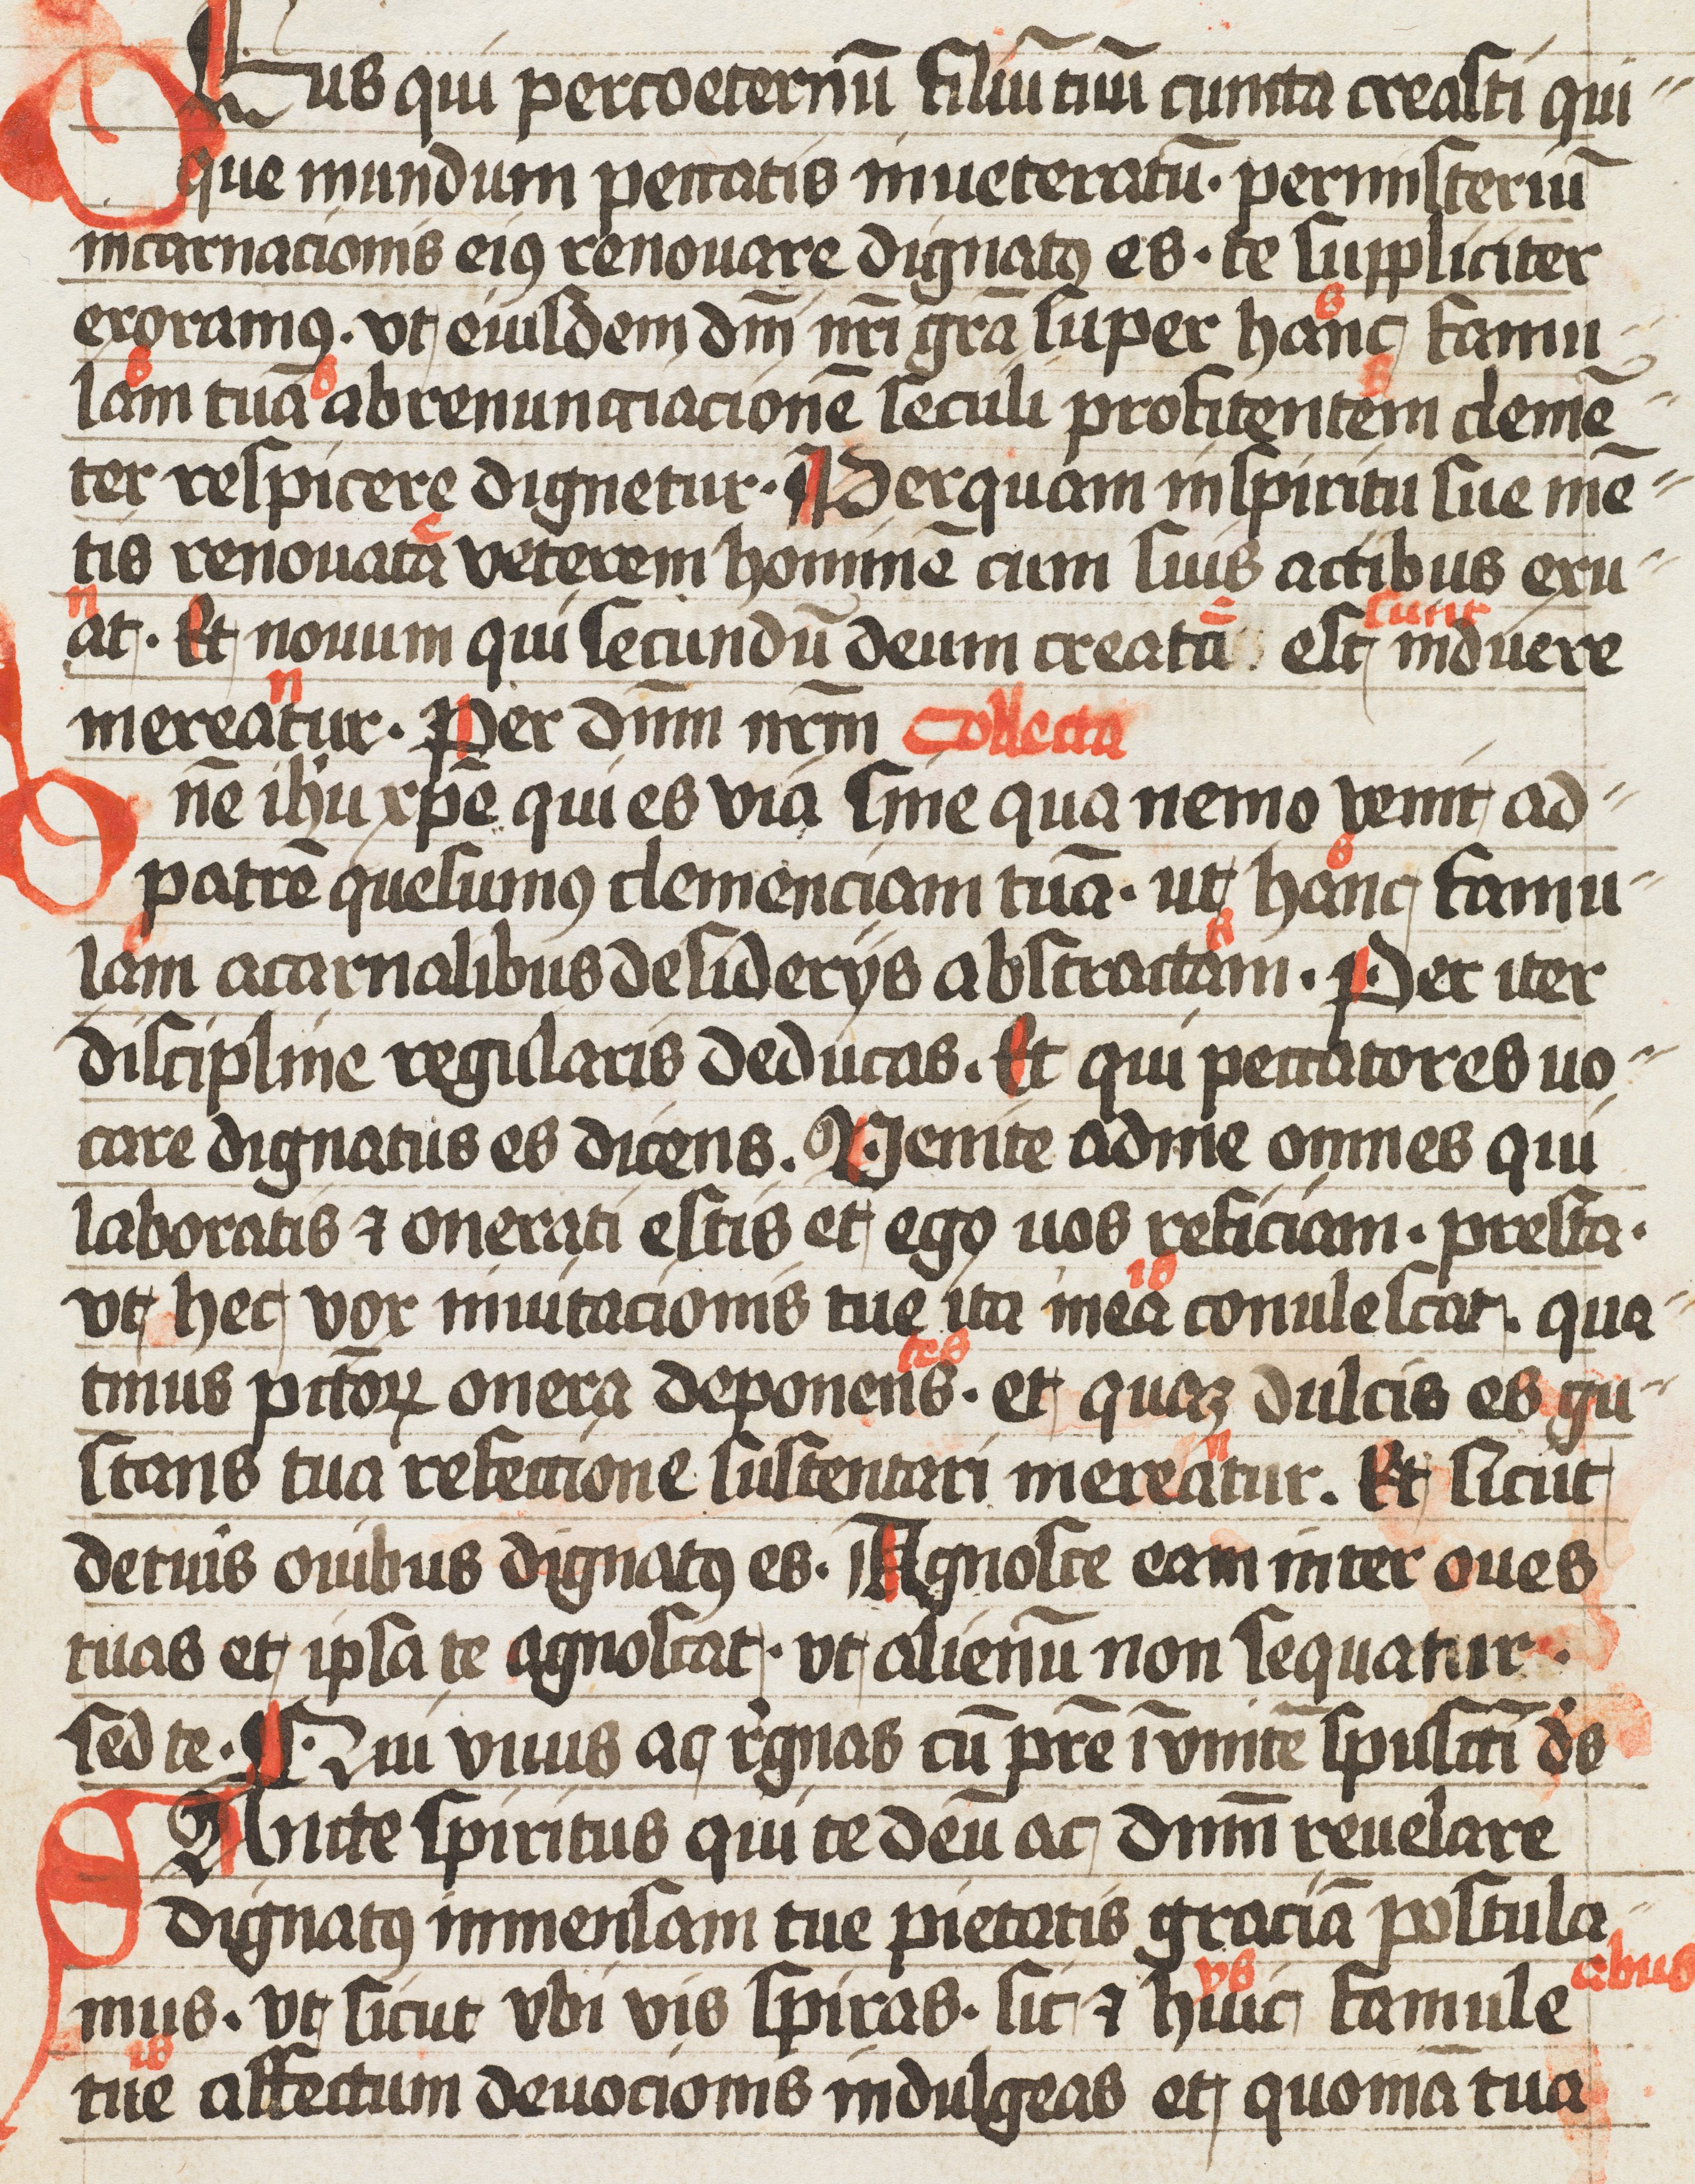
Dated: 1509–1533